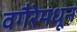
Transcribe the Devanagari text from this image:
वगैरेमधून